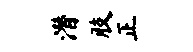
潜肢正